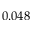
0 . 0 4 8